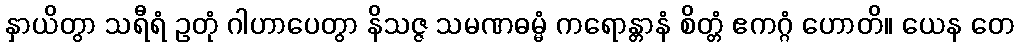
နှာယိတွာ သရီရံ ဥတုံ ဂါဟာပေတွာ နိသဇ္ဇ သမဏဓမ္မံ ကရောန္တာနံ စိတ္တံ ဧကဂ္ဂံ ဟောတိ။ ယေန တေ